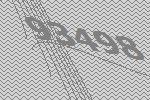
93498